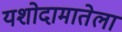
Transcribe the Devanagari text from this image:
यशोदामातेला